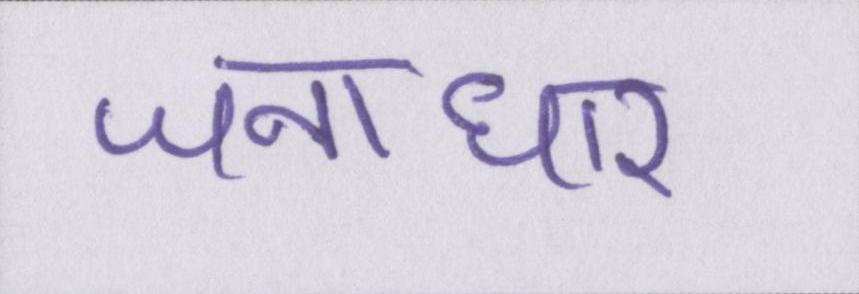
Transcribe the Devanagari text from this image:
जनाधार